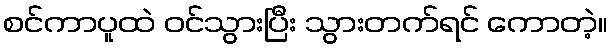
စင်ကာပူထဲ ဝင်သွားပြီး သွားတက်ရင် ကောတဲ့။